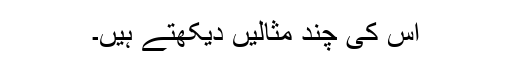
اس کی چند مثالیں دیکھتے ہیں۔